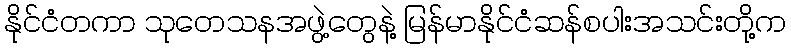
နိုင်ငံတကာ သုတေသနအဖွဲ့တွေနဲ့ မြန်မာနိုင်ငံဆန်စပါးအသင်းတို့က